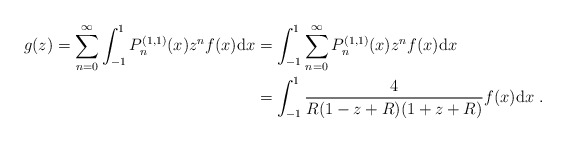
\begin{align*}g(z) = \sum_{n=0}^{\infty}\int_{-1}^{1} P_n^{(1,1)}(x)z^nf(x) \mathrm{d}x &= \int_{-1}^{1}\sum_{n=0}^{\infty}P_n^{(1,1)}(x)z^nf(x) \mathrm{d}x\\&=\int_{-1}^{1}\frac{4}{R(1-z+R)(1+z+R)}f(x)\mathrm{d}x\ .\end{align*}